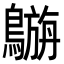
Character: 𪄟